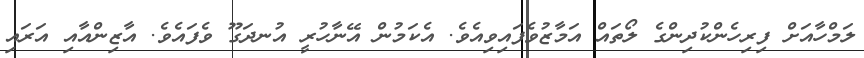
ލަމްހާއަށް ފިރިހެންކުދިންގެ ލޯތައް އަމާޒުވެފައިވިއެވެ. އެކަމުން އޭނާހުރީ އުނދަގޫ ވެފައެވެ. އާޒިންއާއި އަރައި